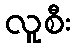
လူစီး